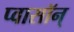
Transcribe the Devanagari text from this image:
प्वासॉन्‌